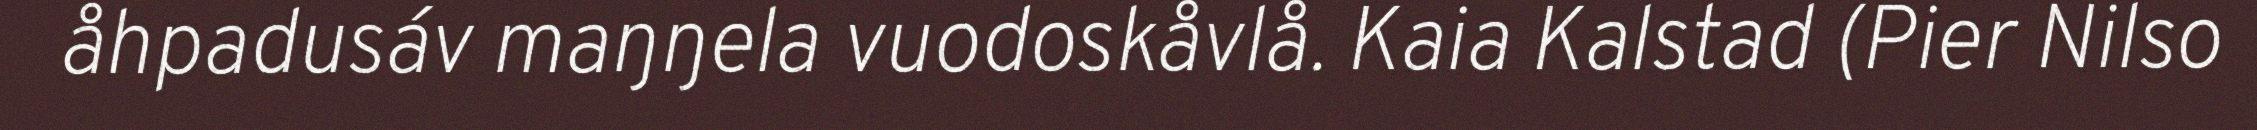
åhpadusáv maŋŋela vuodoskåvlå. Kaia Kalstad (Pier Nilso